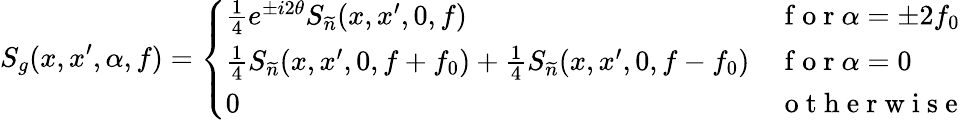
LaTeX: S_{g}(x,x^{\prime},\alpha,f)=\left\{ \begin{array}{ll}{\frac{1}{4}e^{\pm i2\theta}S_{\widetilde{n}}(x,x^{\prime},0,f)}&{\mathrm{~f~o~r~}\alpha=\pm 2f_{0}}\\ {\frac{1}{4}S_{\widetilde{n}}(x,x^{\prime},0,f+f_{0})+\frac{1}{4}S_{\widetilde{n}}(x,x^{\prime},0,f-f_{0})}&{\mathrm{~f~o~r~}\alpha=0}\\ {0}&{\mathrm{~o~t~h~e~r~w~i~s~e~}}\end{array}\right.